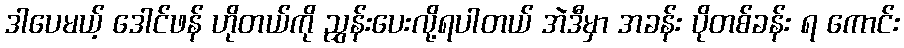
ဒါပေမယ့် ဒေါင်ဖန် ဟိုတယ်ကို ညွှန်းပေးလို့ရပါတယ် အဲဒီမှာ အခန်း ပိုတစ်ခန်း ရ ကောင်း